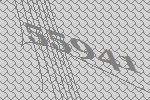
55941